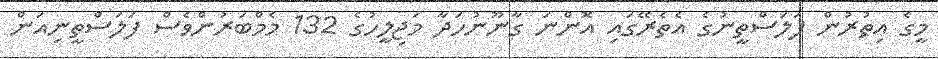
މީގެ އިތުރުން ފަލަސްތީނުގެ އެތެރޭގައި އޮންނަ ގާނޫނުހަދާ މަޖިލީހުގެ 132 މެމްބަރުންވެސް ފަލަސްތީނިއަން